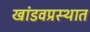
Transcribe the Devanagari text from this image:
खांडवप्रस्थात